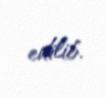
edilib.